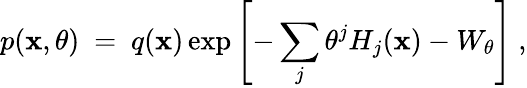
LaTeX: p(\mathbf{x},\theta)\ =\ q(\mathbf{x})\exp\left[-\sum_{j}\theta^{j}H_{j}(\mathbf{x})-W_{\theta}\right]\ ,